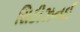
સિટીઝનઈ